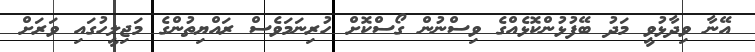
އޭނާ ވިދާޅުވީ މަދު ބޭފުޅުންކޮޅެއްގެ ވިސްނުން ގޯސްކޮށް ހުރިނަމަވެސް ރައްޔިތުންގެ މަޖިލީހުގައި ވަރަށް